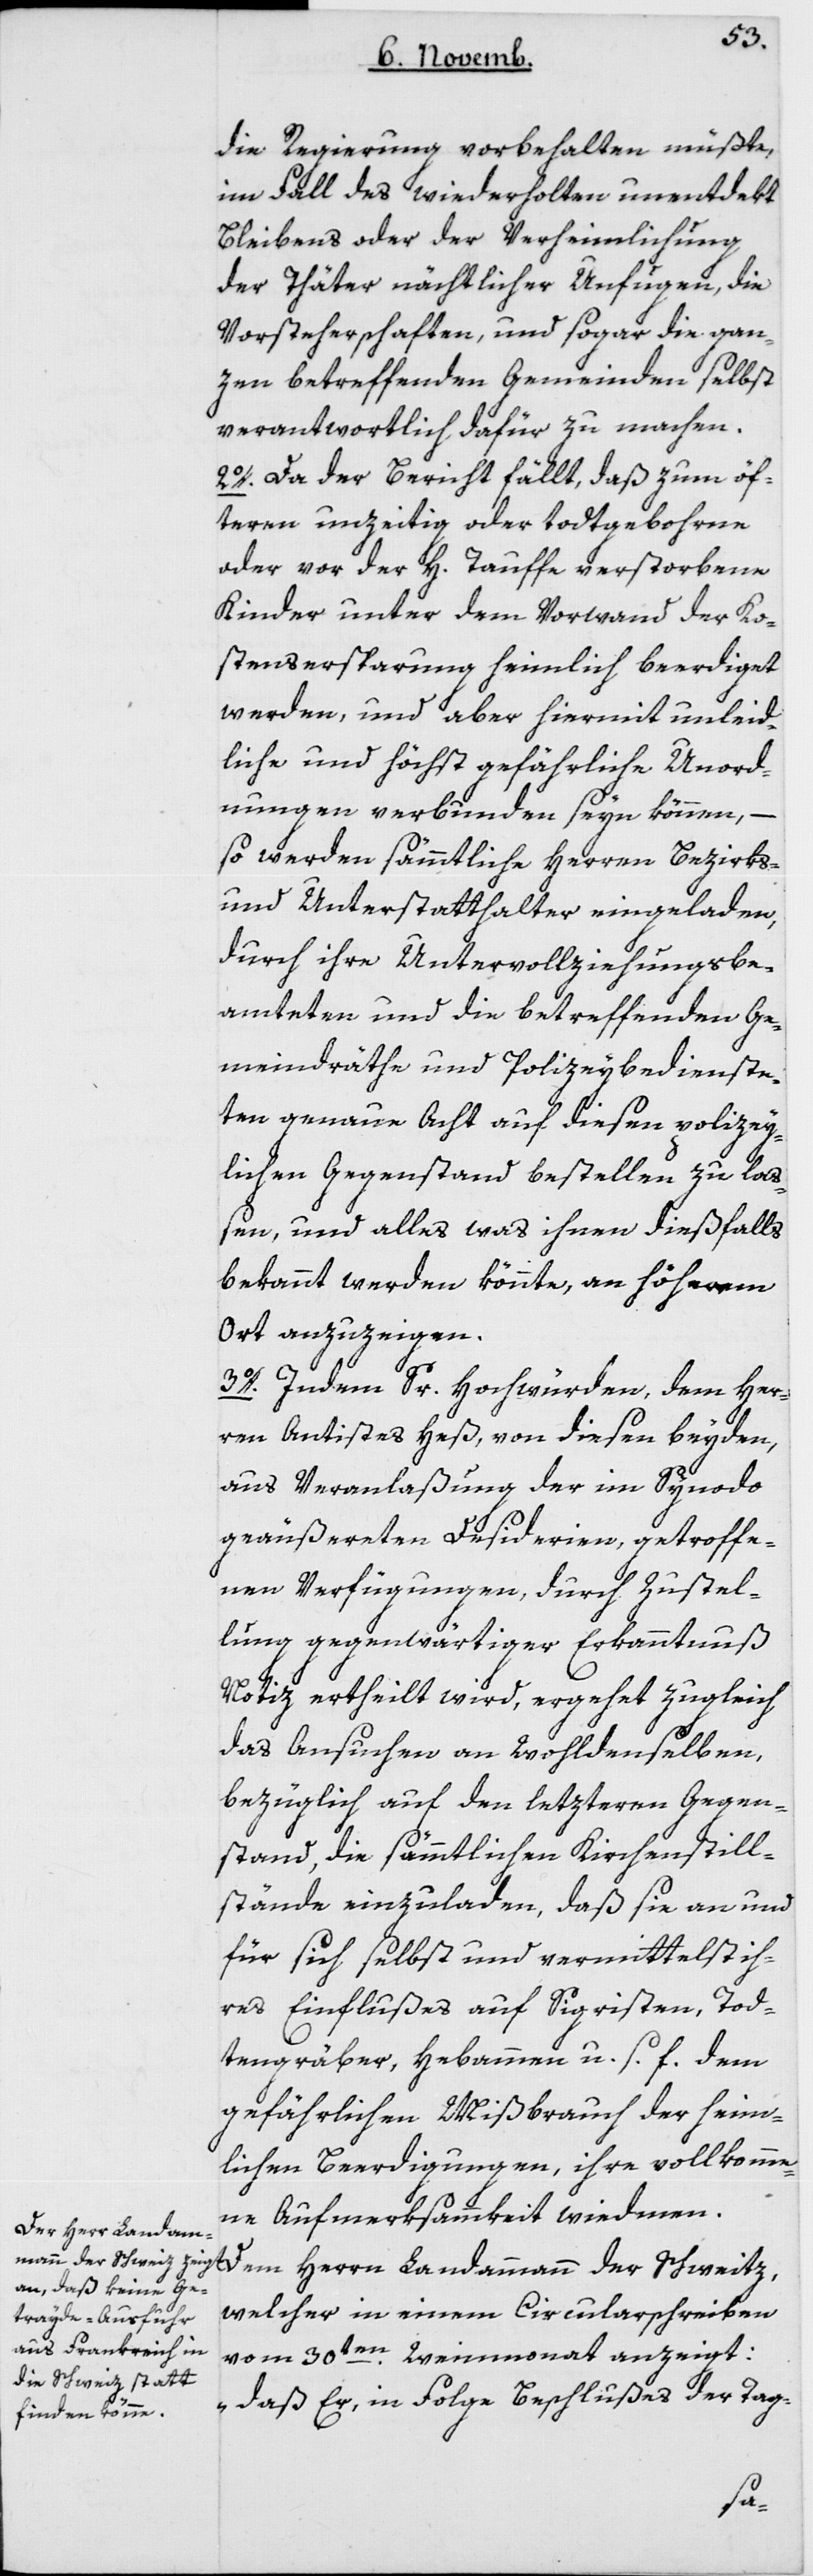
die Regierung vorbehalten müßte,
im Fall des wiederholten unentdekt
Bleibens oder der Verheimlichung
der Thäter nächtlicher Unfugen, die
Vorsteherschaften und sogar die gan¬
zen betreffenden Gemeinden selbst
verantwortlich dafür zu machen.
2. Da der Bericht fällt, daß zum öf¬
teren unzeitig oder totgebohrne
oder vor der H. Tauffe verstorbene
Kinder unter dem Vorwand der Ko¬
stensersparung heimlich beerdiget
werden, und aber hiermit unleid¬
liche und höchst gefährliche Unord¬
nungen verbunden seyn können, –
so werden sämtliche Herren Bezirks-
und Unterstatthalter eingeladen,
durch ihre Untervollziehungs-Be¬
amteten und die betreffenden Ge¬
meindräthe und Polizeybedienste¬
ten genaue Acht auf diesen polizey¬
lichen Gegenstand bestellen zu laß¬
en, und alles was ihnen dießfalls
bekannt werden könnte, an höherem
Ort anzuzeigen.
3. Indem Sr Hochwürden, dem Her¬
ren Antistes Heß, von diesen beiden,
aus Veranlaßung der im Synodo
geäußerten Desiderien, getroffe¬
nen Verfügungen, durch Zustel¬
lung gegenwärtiger Erkanntnuß
Notiz ertheilt wird, ergehet zugleich
das Ansuchen an Wohldenselben,
bezüglich auf den letzteren Gegen¬
stand , die sämmtlichen Kirchenstill¬
stände einzuladen, daß sie an und
für sich selbst und vermittelst ih¬
res Einflußes auf Sigristen, To¬
tengräber, Hebammen u. s. f. dem
gefährlichen Mißbrauch der heim¬
lichen Beerdigungen, ihre vollkomme¬
ne Aufmerksammkeit widmen.
Dem Herrn Landammann
welcher in einem Circularschreiben
vom 30ten Weinmonat anzeigt:
„daß er, infolge Beschlußes der Tag-